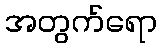
အတွက်ရော